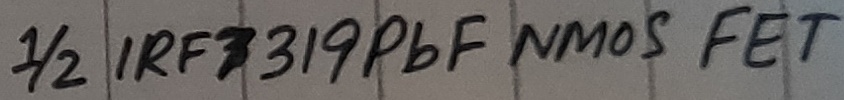
Text: 1/2 IRF 7319PbF NMOS FET